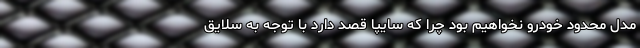
مدل محدود خودرو نخواهیم بود چرا که سایپا قصد دارد با توجه به سلایق